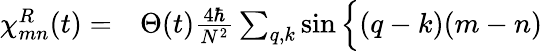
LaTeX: \begin{array}{rl}{\chi_{mn}^{R}(t)=}&{{}\Theta(t)\frac{4\hbar}{N^{2}}\sum_{q,k}\sin\Big\{ (q-k)(m-n)}\end{array}